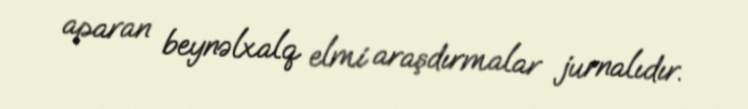
aparan beynəlxalq elmi araşdırmalar jurnalıdır.